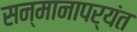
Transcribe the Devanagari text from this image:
सन्मानापर्यंत